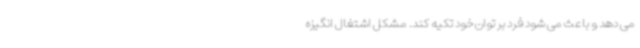
می دهد و باعث می شود فرد بر توان خود تکیه کند. مشکل اشتغال انگیزه